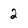
Character: 2